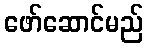
ဖော်ဆောင်မည်